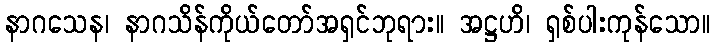
နာဂသေန၊ နာဂသိန်ကိုယ်တော်အရှင်ဘုရား။ အဋ္ဌဟိ၊ ရှစ်ပါးကုန်သော။